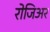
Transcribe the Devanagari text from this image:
रोजिअर